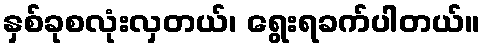
နှစ်ခုစလုံးလှတယ်၊ ရွေးရခက်ပါတယ်။